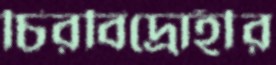
চিরবিদ্রোহীর